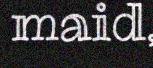
maid,